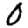
Digit: 0